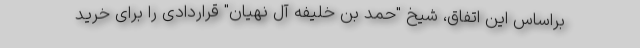
براساس این اتفاق، شیخ "حمد بن خلیفه آل نهیان" قراردادی را برای خرید